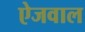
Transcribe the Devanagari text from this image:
ऐजवाल